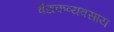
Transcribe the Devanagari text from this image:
वैद्यकव्यवसाय